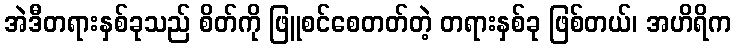
အဲဒီတရားနှစ်ခုသည် စိတ်ကို ဖြူစင်စေတတ်တဲ့ တရားနှစ်ခု ဖြစ်တယ်၊ အဟိရိက